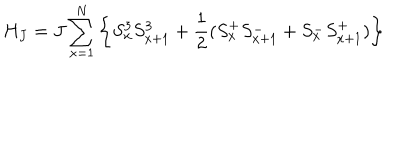
H _ { J } = J \sum _ { x = 1 } ^ { N } \left\{ S _ { x } ^ { 3 } S _ { x + 1 } ^ { 3 } + \frac { 1 } { 2 } ( S _ { x } ^ { + } S _ { x + 1 } ^ { - } + S _ { x } ^ { - } S _ { x + 1 } ^ { + } ) \right\}